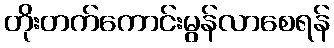
တိုးတက်ကောင်းမွန်လာစေရန်